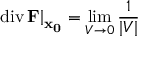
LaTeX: \left. \operatorname { d i v } \mathbf { F } \right| _ { \mathbf { x _ { 0 } } } = \operatorname* { l i m } _ { V \rightarrow 0 } { \frac { 1 } { | V | } }